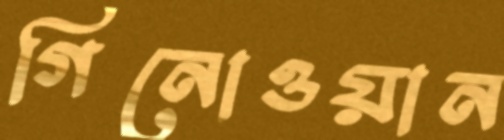
গিনোওয়ান